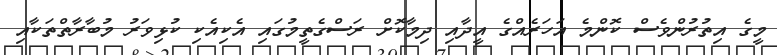
މީގެ އިތުރުންވެސް ކޮންމެ އަހަރެއްގެ އީދާއި ދިމާކޮށް ރަސްގެތީމުގައި އެކިއެކި ކުޅިވަރު މުބާރާތްތަކާއި